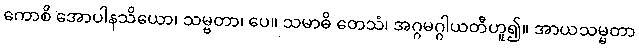
ကောစိ အောပါနသိယော၊ သမ္ဗတာ၊ ပေ။ သမာဓိ တေသံ၊ အဂ္ဂမဂ္ဂါယတီဟူ၍။ အာယသမ္မတာ